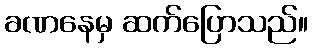
ခဏနေမှ ဆက်ပြောသည်။